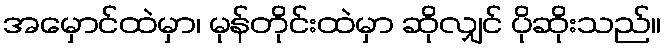
အမှောင်ထဲမှာ၊ မုန်တိုင်းထဲမှာ ဆိုလျှင် ပိုဆိုးသည်။